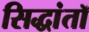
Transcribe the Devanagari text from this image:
सिद्धांतॉ